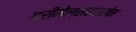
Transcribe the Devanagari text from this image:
ग्रीमेल्सहाउसेन